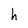
Character: h